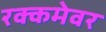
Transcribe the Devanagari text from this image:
रक्कमेवर